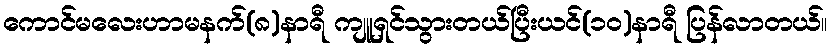
ကောင်မလေးဟာမနက်(၈)နာရီ ကျူရှင်သွားတယ်ပြီးယင်(၁၀)နာရီ ပြန်လာတယ်။